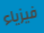
فيزياء